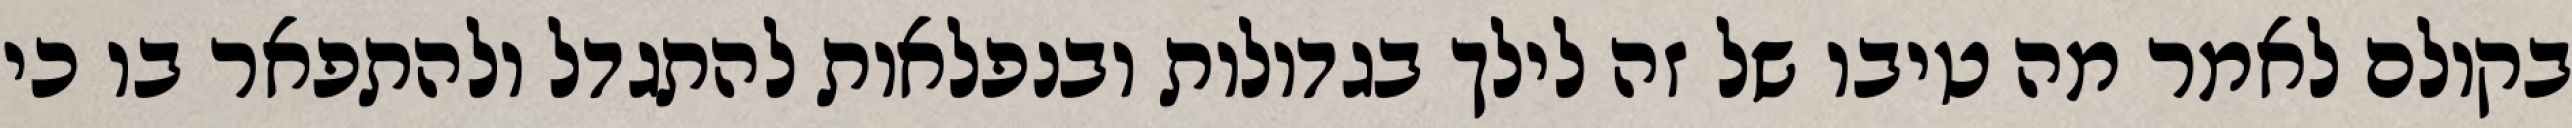
בקולם לאמר מה טיבו של זה לילך בגדולות ובנפלאות להתגדל ולהתפאר בו כי